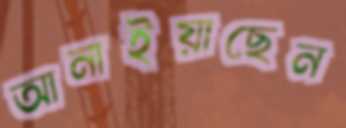
আনাইয়াছেন